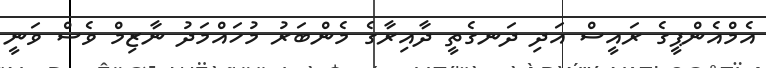
އެމްއެންޕީގެ ރައީސް އަދި ދަނގެތީ ދާއިރާގެ މެންބަރު މުހައްމަދު ނާޒިމް ވެސް ވަނީ